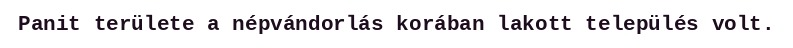
Panit területe a népvándorlás korában lakott település volt.